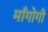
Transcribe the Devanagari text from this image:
माँगोगी